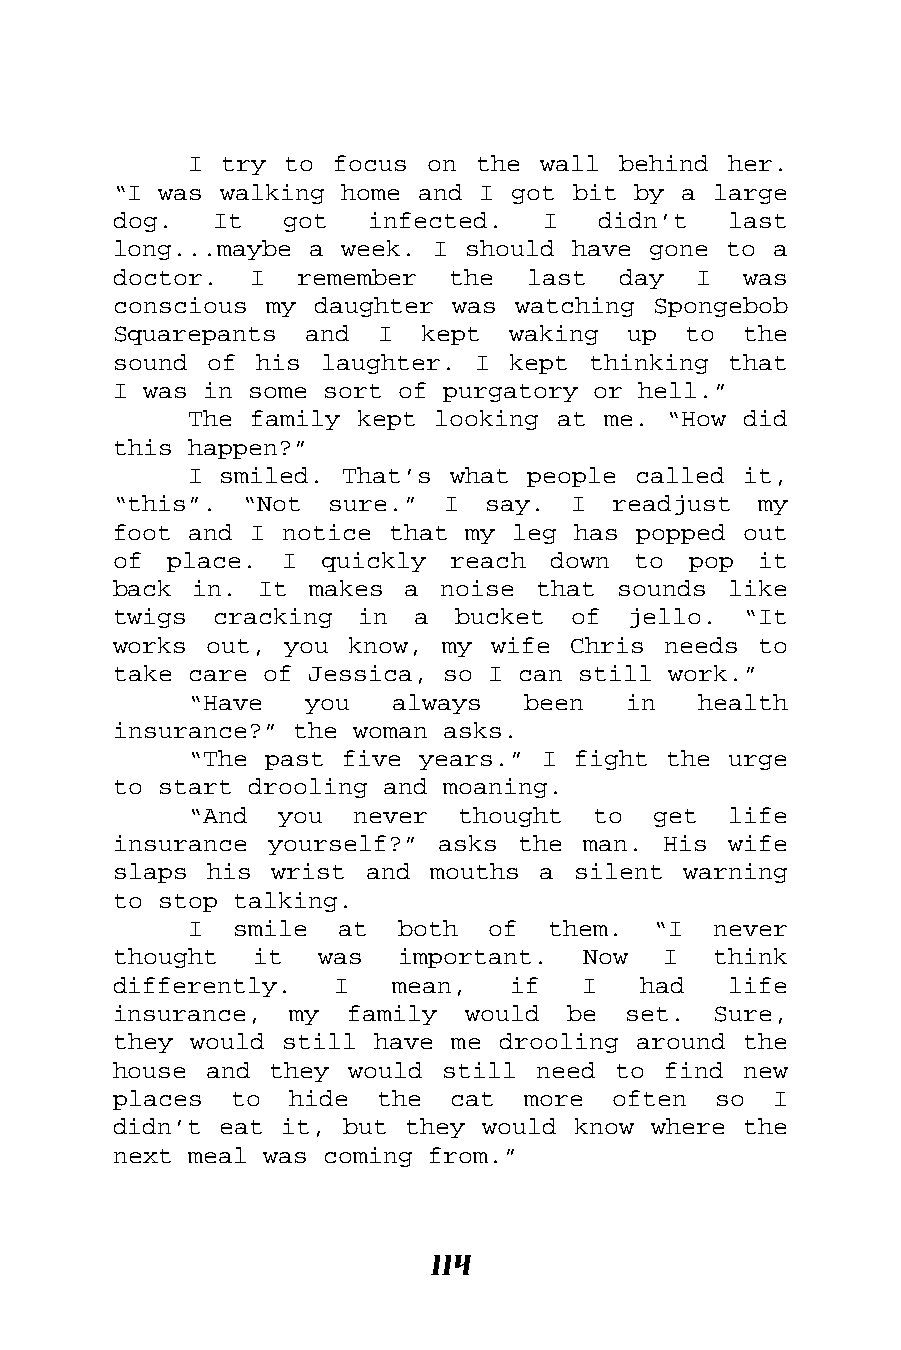
I try to  focus on the wall behind  her.
 “I was walking home and I got bit by a  large
 dog.  It   got   infected.  I   didn’t   last
 long...maybe a week. I should have gone to  a
 doctor.  I  remember  the  last  day  I   was
 conscious my daughter was watching  Spongebob
 Squarepants  and I  kept  waking  up  to  the
 sound of his  laughter. I kept thinking  that
 I was in some sort of purgatory or hell.”
 The family kept looking at me. “How  did
 this happen?”
 I smiled. That’s what people called  it,
 “this”.  “Not sure.”  I  say. I  readjust  my
 foot and I notice that my leg has popped  out
 of place.  I  quickly reach  down to  pop  it
 back in.  It makes a  noise that sounds  like
 twigs  cracking in  a  bucket of  jello.  “It
 works out, you  know, my wife Chris needs  to
 take care of Jessica, so I can still work.”
 “Have   you  always   been   in   health
 insurance?” the woman asks.
 “The past five years.” I fight the  urge
 to start drooling and moaning.
 “And  you  never  thought  to  get  life
 insurance yourself?” asks  the man. His  wife
 slaps his wrist  and mouths a silent  warning
 to stop talking.
 I  smile  at  both  of  them.  “I  never
 thought  it  was   important.  Now  I   think
 differently.   I  mean,   if   I   had   life
 insurance,  my family  would  be  set.  Sure,
 they would still have me drooling around  the
 house and they  would still need to find  new
 places  to  hide the  cat  more  often  so  I
 didn’t eat it, but they would know where  the
 next meal was coming from.”
 114